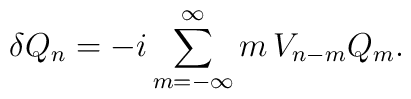
\delta Q_n=- i\sum_{m=-\infty}^\infty m\,V_{n-m} Q_m.